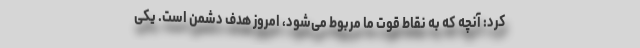
کرد: آنچه که به نقاط قوت ما مربوط می‌شود، امروز هدف دشمن است. یکی